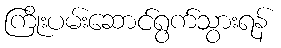
ကြိုးပမ်းဆောင်ရွက်သွားရန်